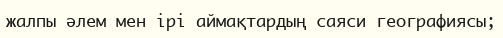
жалпы әлем мен ірі аймақтардың саяси географиясы;